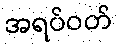
အရပ်ဝတ်